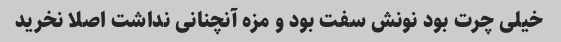
خیلی چرت بود نونش سفت بود و مزه آنچنانی نداشت اصلا نخرید